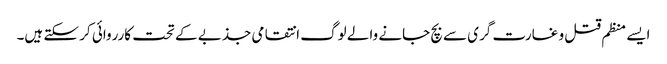
ایسے منظم قتل و غارت گری سے بچ جانے والے لوگ انتقامی جذبے کے تحت کارروائی کر سکتے ہیں۔